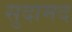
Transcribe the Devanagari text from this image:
सुदामद